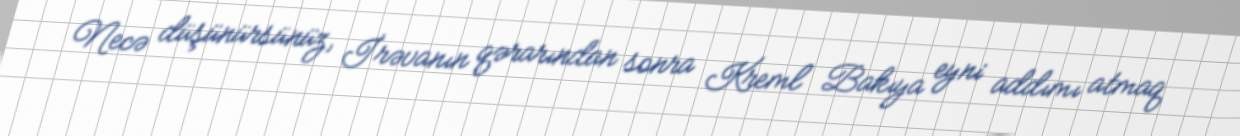
Necə düşünürsünüz, İrəvanın qərarından sonra Kreml Bakıya eyni addımı atmaq